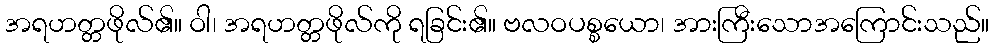
အရဟတ္တဖိုလ်၏။ ဝါ၊ အရဟတ္တဖိုလ်ကို ရခြင်း၏။ ဗလဝပစ္စယော၊ အားကြီးသောအကြောင်းသည်။